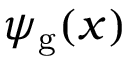
\psi _ { \mathrm { g } } ( x )